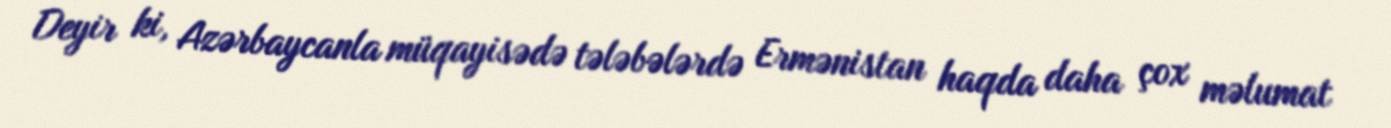
Deyir ki, Azərbaycanla müqayisədə tələbələrdə Ermənistan haqda daha çox məlumat